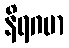
နိရဂမာ